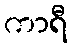
ကာရီ